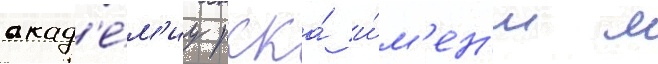
акад'е́м'иу ркка́ и́м'ен'и м